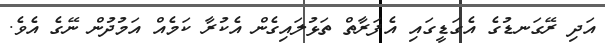
އަދި ރޭގަނޑުގެ އެގަޑީގައި އެފަރާތް ތަޅުލައިގެން އެކުރާ ކަމެއް އަމުދުން ނޭގެ އެވެ.